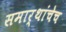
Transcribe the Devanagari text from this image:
समार्थांचेच